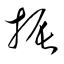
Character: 振